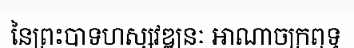
នៃព្រះបាទហស្សវឌ្ឍនៈ អាណាចក្រពុទ្ធ